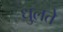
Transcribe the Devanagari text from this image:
धुलते